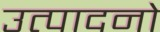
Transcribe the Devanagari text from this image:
उत्पादनो